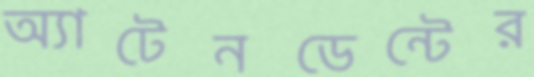
অ্যাটেনডেন্টের